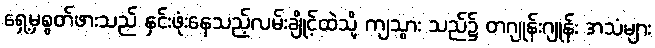
ရှေ့မှစွတ်ဖားသည် နှင်းဖုံးနေသည့်လမ်းချိုင့်ထဲသို့ ကျသွား သည်၌ တဂျုန်းဂျုန်း အသံများ